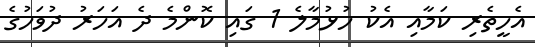
އެހީތެރި ކަމާއި އެކު ހުޅުމާލެ 1 ގައި ކޮންމެ ދެ އަހަރު ދުވަހުގެ